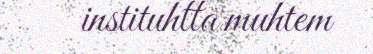
instituhtta muhtem